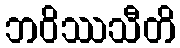
ဘဝိဿသီတိ